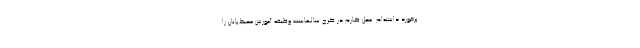
برخورد داشته‌ام. محل کارم در کرج سالهاست وظیفه آموزش محیط‌بانان را